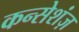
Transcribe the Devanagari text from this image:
कन्सेशंज़